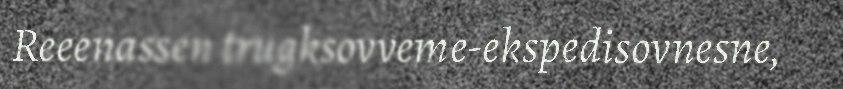
Reeenassen trugksovveme-ekspedisovnesne,